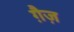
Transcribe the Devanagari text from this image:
ग़ैज़